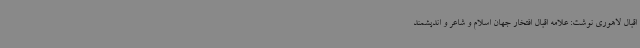
اقبال لاهوری نوشت: علامه اقبال افتخار جهان اسلام و شاعر و اندیشمند